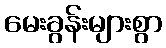
မေးခွန်းများစွာ